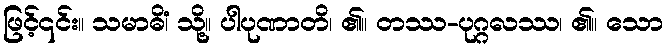
ဖြင့်၎င်း။ သမာဓိံ၊ သို့။ ပါပုဏာတိ၊ ၏။ တဿ-ပုဂ္ဂလဿ၊ ၏။ သော